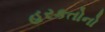
હરકતોનો